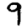
Digit: 9